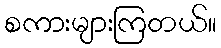
စကားများကြတယ်။